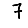
Digit: 7